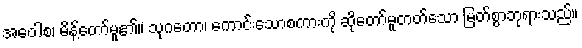
အဝေါစ၊ မိန့်တော်မူ၏။ သုဂတော၊ ကောင်းသောစကားကို ဆိုတော်မူတတ်သော မြတ်စွာဘုရားသည်။